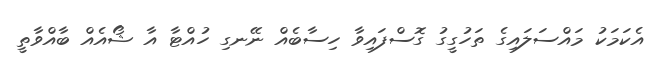
އެކަމަކު މައްސަލައިގެ ތަހުގީގު ގޮސްފައިވާ ހިސާބެއް ނޭނގި ހުއްޓާ އާ ޝޯއެއް ބާއްވާތީ